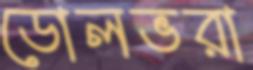
ডোলভরা